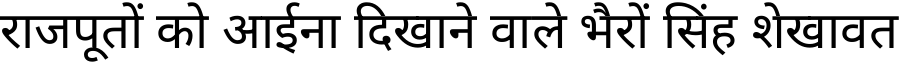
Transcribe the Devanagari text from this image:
राजपूतों को आईना दिखाने वाले भैरों सिंह शेखावत